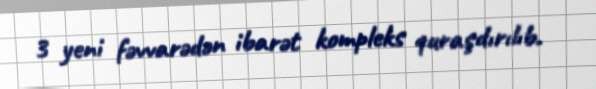
3 yeni fəvvarədən ibarət kompleks quraşdırılıb.